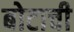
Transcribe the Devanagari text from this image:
बोटाची